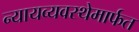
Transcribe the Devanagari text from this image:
न्यायव्यवस्थेमार्फत